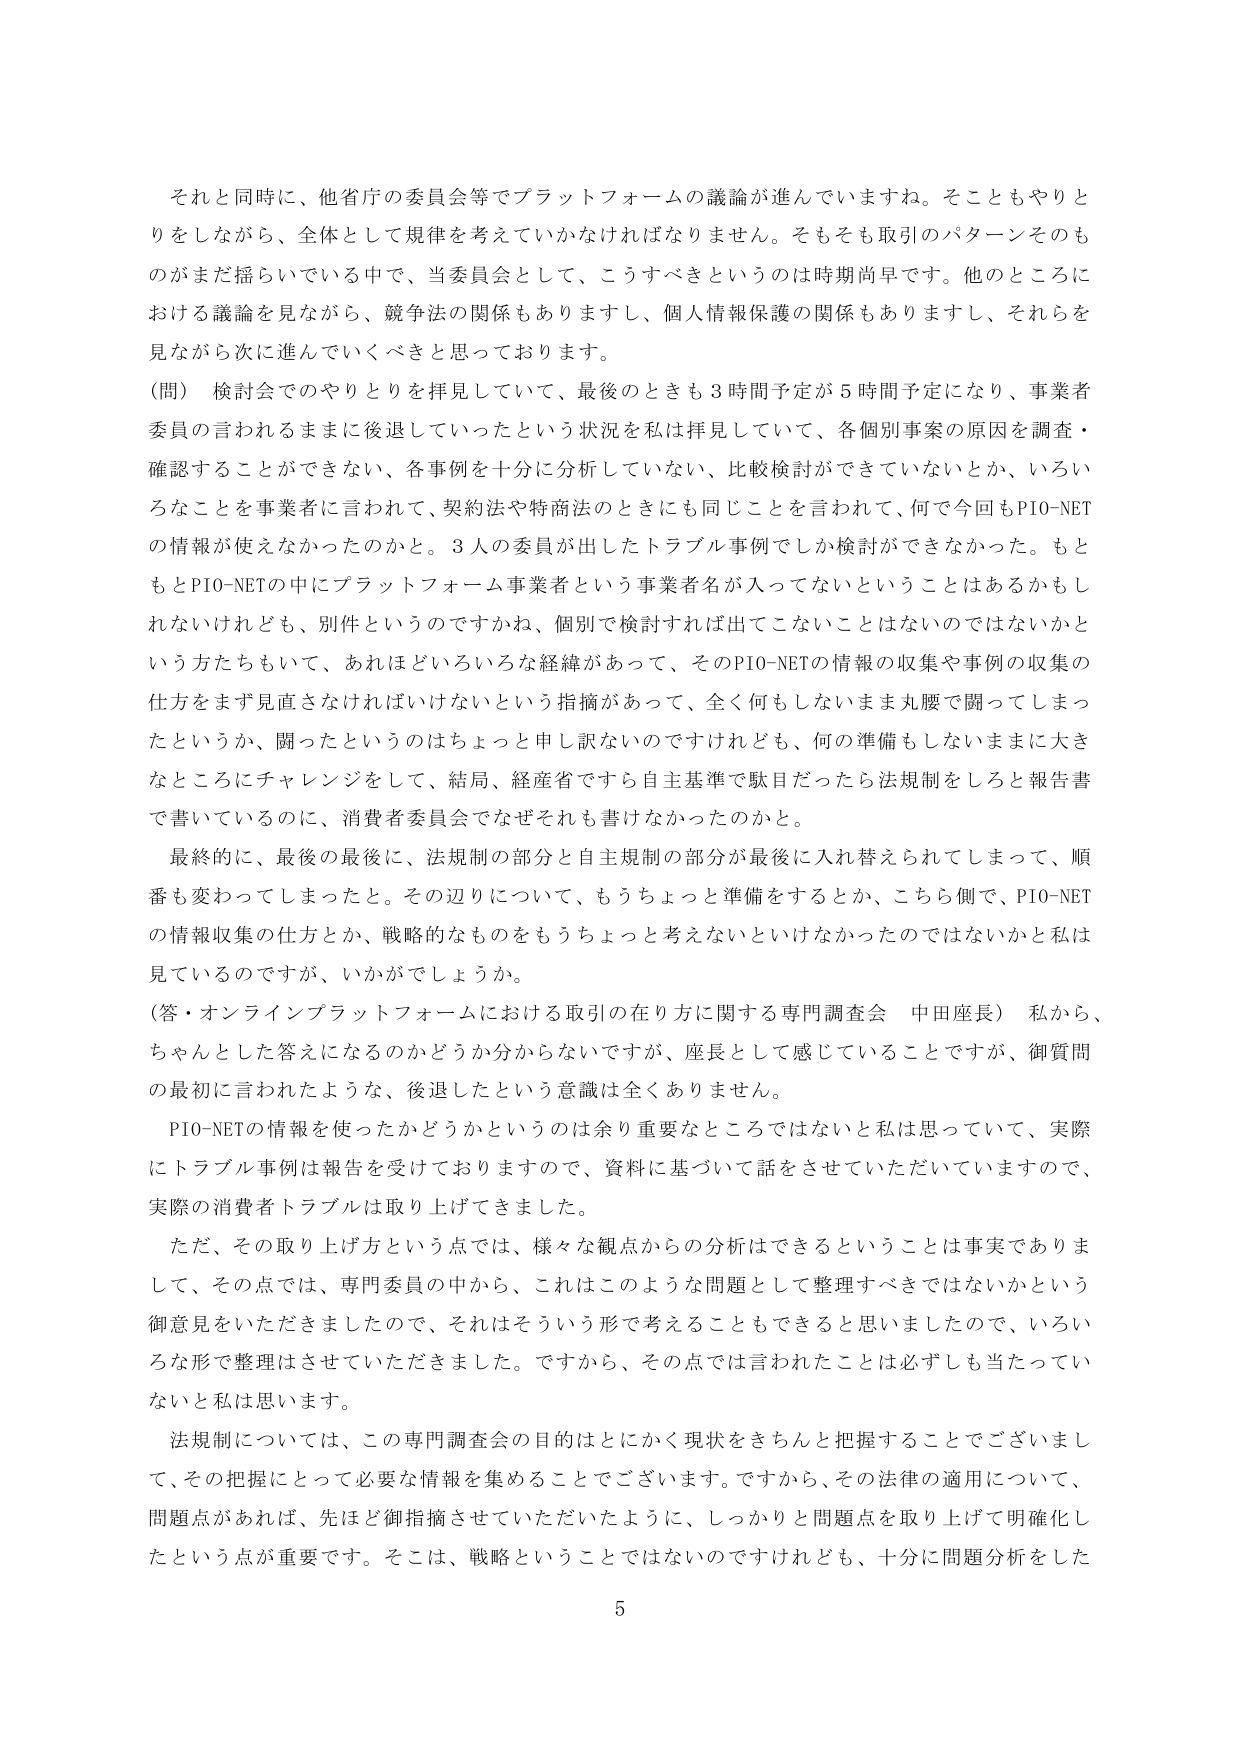
それと同時に、他省庁の委員会等でプラットフォームの議論が進んでいますね。そここともやりとりをしながら、全体として規律を考えていかなければなりません。そもそも取引のパターンそのものがまだ揺らいでいる中で、当委員会として、こうすべきというのは時期尚早です。他のところにおける議論を見ながら、競争法の関係もありますし、個人情報保護の関係もありますし、それらを見ながら次に進んでいくべきと思っております。

（問） 検討会でのやりとりを拝見していて、最後のときも3時間予定が5時間予定になり、事業者委員の言われるままに後退していったという状況を私は拝見していて、各個別事案の原因を調査・確認することができない、各事例を十分に分析していない、比較検討ができていないとか、いろいろなことを事業者に言われて、契約法や特商法のときにも同じことを言われて、何で今回もPIO-NETの情報が使えなかったのかと。3人の委員が出したトラブル事例でしか検討ができなかった。もともとPIO-NETの中にプラットフォーム事業者という事業者名が入ってないということはあるかもしれないけれども、別件というのですかね、個別で検討すれば出てこないことはないのではないかという方たちもいて、あれほどいろいろな経緯があって、そのPIO-NETの情報の収集や事例の収集の仕方をまず見直さなければいけないという指摘があって、全く何もしないまま丸腰で闘ってしまったというか、闘ったというのはちょっと申し訳ないのですけれども、何の準備もしないままに大きなところにチャレンジをして、結局、経産省ですら自主基準で駄目だったら法規制をしろと報告書で書いているのに、消費者委員会でなぜそれも書けなかったのかと。

最終的に、最後の最後に、法規制の部分と自主規制の部分が最後に入れ替えられてしまって、順番も変わってしまったと。その辺りについて、もうちょっと準備をするとか、こちら側で、PIO-NETの情報収集の仕方とか、戦略的なものをもうちょっと考えないといけなかったのではないかと私は見ているのですが、いかがでしょうか。

（答・オンラインプラットフォームにおける取引の在り方に関する専門調査会 中田座長） 私から、ちゃんとした答えになるのかどうか分からないですが、座長として感じていることですが、御質問の最初に言われたような、後退したという意識は全くありません。

PIO-NETの情報を使ったかどうかというのは余り重要なところではないと私は思っていて、実際にトラブル事例は報告を受けておりますので、資料に基づいて話をさせていただいていますので、実際の消費者トラブルは取り上げてきました。

ただ、その取り上げ方という点では、様々な観点からの分析はできるということは事実でありまして、その点では、専門委員の中から、これはこのような問題として整理すべきではないかという御意見をいただきましたので、それはそういう形で考えることもできると思いましたので、いろいろな形で整理はさせていただきました。ですから、その点では言われたことは必ずしも当たっていないと私は思います。

法規制については、この専門調査会の目的はとにかく現状をきちんと把握することにございまして、その把握にとって必要な情報を集めることでございます。ですから、その法律の適用について、問題点があれば、先ほど御指摘させていただいたように、しっかりと問題点を取り上げて明確化したという点が重要です。そこは、戦略ということではないのですけれども、十分に問題分析をした

5